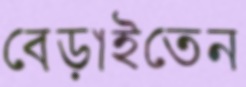
বেড়াইতেন